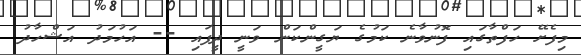
މިފެށޭ ހަފްތާގައި ފޮނުވާނެ ކަމުގެ ޔަގީންކަން ވަނީ ދީފައި -- އަހުމަދު އަޝްހާދު